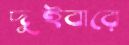
দুইবারে